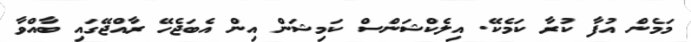
މަމެން އުފާ ކުރާ ކަމެކޭ. އިލެކްޝަންސް ކަމިޝަން އިން އެބަޖެހޭ ރާއްޖޭގައި ބާއްވާ